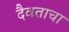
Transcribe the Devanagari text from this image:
दैवताचा